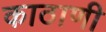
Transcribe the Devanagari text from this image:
काठाणी